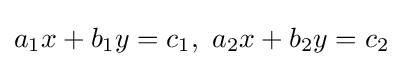
a_{1}x+b_{1}y=c_{1},\ a_{2}x+b_{2}y=c_{2}